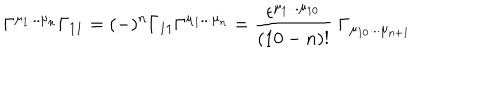
LaTeX: \Gamma ^ { \mu _ { 1 } . . . \mu _ { n } } \Gamma _ { 1 1 } = ( - ) ^ { n } \Gamma _ { 1 1 } \Gamma ^ { \mu _ { 1 } . . . \mu _ { n } } = { \frac { \epsilon ^ { \mu _ { 1 } . . . \mu _ { 1 0 } } } { ( 1 0 - n ) ! } } \; \Gamma _ { \mu _ { 1 0 } . . . \mu _ { n + 1 } }